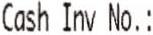
CASH INV NO.: